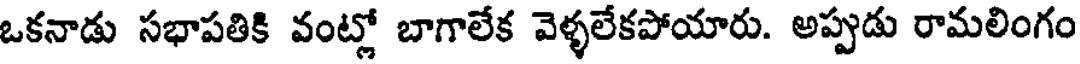
ఒకనాడు సభాపతికి వంట్లో బాగాలేక వెళ్ళలేకపోయారు. అప్పుడు రామలింగం